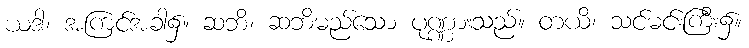
ယဒါ၊ အကြင်အခါ၌။ ဆဘိ၊ ဆဘိမည်သော ပုဏ္ဏားသည်။ တယိ၊ သင်မင်းကြီး၌။